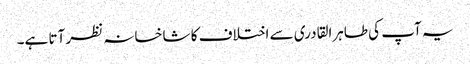
یہ آپ کی طاہرالقادری سے اختلاف کا شاخسانہ نظر آتا ہے۔